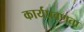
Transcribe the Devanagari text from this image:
कार्यप्रवणता